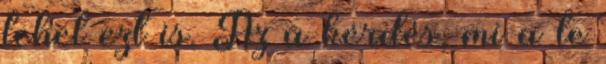
lehet ezt is. Az a kérdés, mi a te